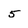
Character: 5